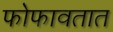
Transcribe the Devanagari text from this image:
फोफावतात